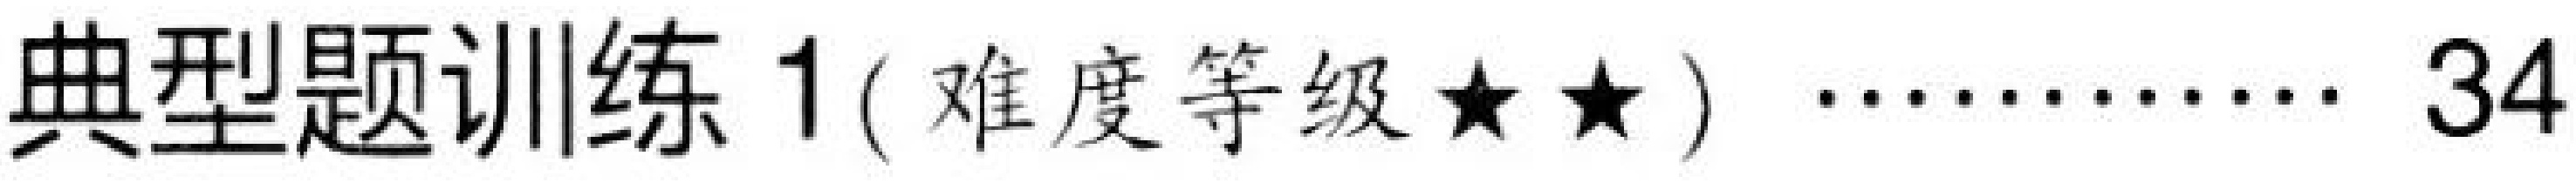
典型题训练 1 ( 难度等级$\star\star$) $\cdots\cdots\cdots\cdots$ 34